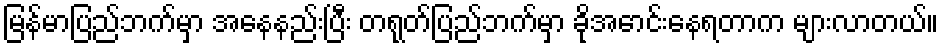
မြန်မာပြည်ဘက်မှာ အနေနည်းပြီး တရုတ်ပြည်ဘက်မှာ ခိုအောင်းနေရတာက များလာတယ်။